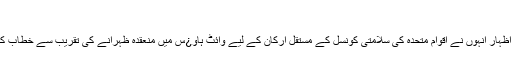
“
ان خیالات کا اظہار انہوں نے اقوام متحدہ کی سلامتی کونسل کے مستقل ارکان کے لیے وائٹ ہاو¿س میں منعقدہ ظہرانے کی تقریب سے خطاب کے دوران کیا۔